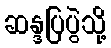
ဆန္ဒပြပွဲသို့